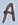
Text: A